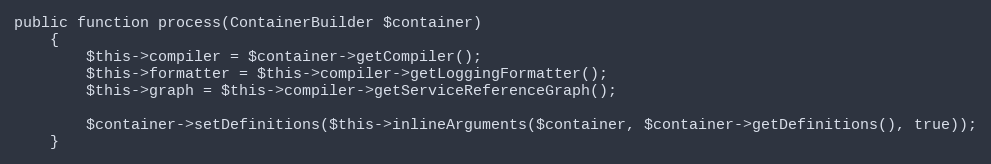
Language: PHP
public function process(ContainerBuilder $container)
    {
        $this->compiler = $container->getCompiler();
        $this->formatter = $this->compiler->getLoggingFormatter();
        $this->graph = $this->compiler->getServiceReferenceGraph();

        $container->setDefinitions($this->inlineArguments($container, $container->getDefinitions(), true));
    }